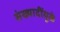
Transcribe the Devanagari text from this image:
संख्यादींमुळे